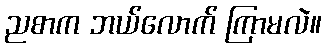
ညစာက ဘယ်လောက် ကြာမလဲ။